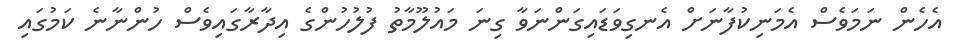
އެެހެން ނަމަވެސް އެމަނިކުފާނަށް އެނގިވަޑައިގަންނަވާ ގިނަ މައުލޫމާތު ފުލުހުންގެ އިދާރާގައިވެސް ހުންނާނެ ކަމުގައި